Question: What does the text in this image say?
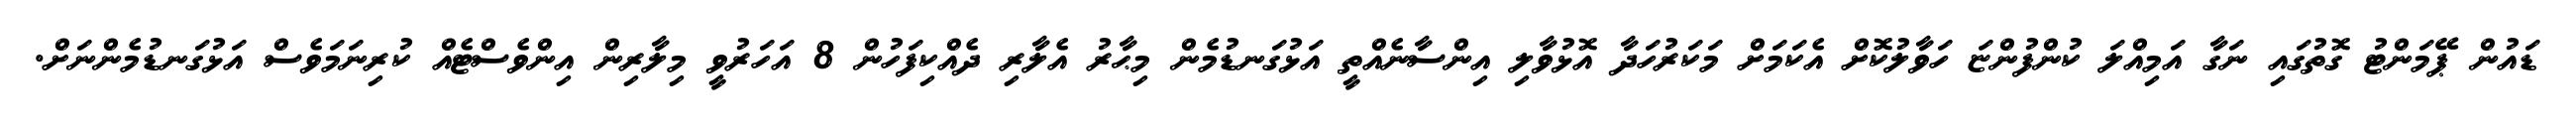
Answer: ޑައުން ޕޭމަންޓު ގޮތުގައި ނަގާ އަމިއްލަ ކުންފުންޏަ ހަވާލުކޮށް އެކަމަށް މަކަރުހަދާ އޮޅުވާލި އިންސާނެއްތީ އަޅުގަނޑުމެން މިޙާރު އެލާރި ދެއްކިފަހުން 8 އަހަރުވީ މިލާރިން އިންވެސްޓެއް ކުރިނަމަވެސް އަޅުގަނޑުމެންނަށް.